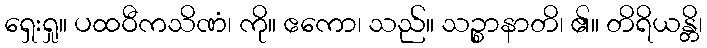
ရှေးရှု။ ပထဝီကသိဏံ၊ ကို။ ဧကော၊ သည်။ သဉ္စာနာတိ၊ ၏။ တိရိယန္တိ၊